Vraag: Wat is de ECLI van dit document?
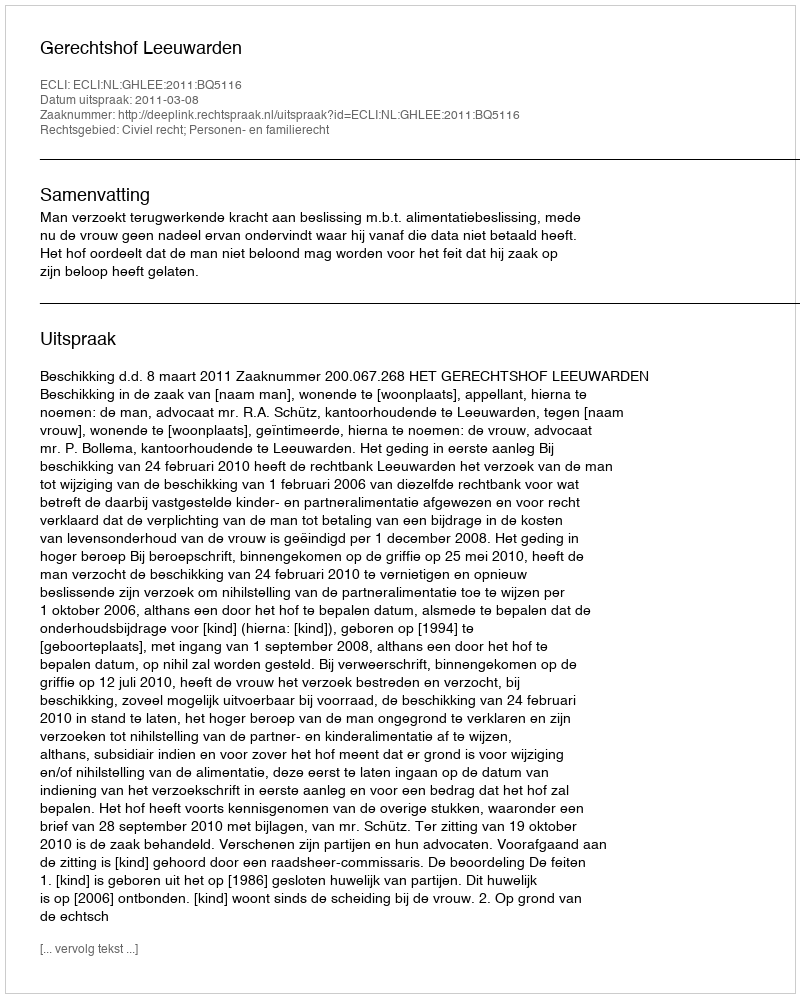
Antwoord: ECLI:NL:GHLEE:2011:BQ5116